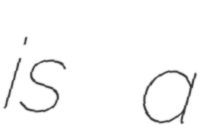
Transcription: is a